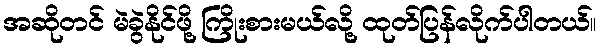
အဆိုတင် မဲခွဲနိုင်ဖို့ ကြိုးစားမယ်လို့ ထုတ်ပြန်လိုက်ပါတယ်။